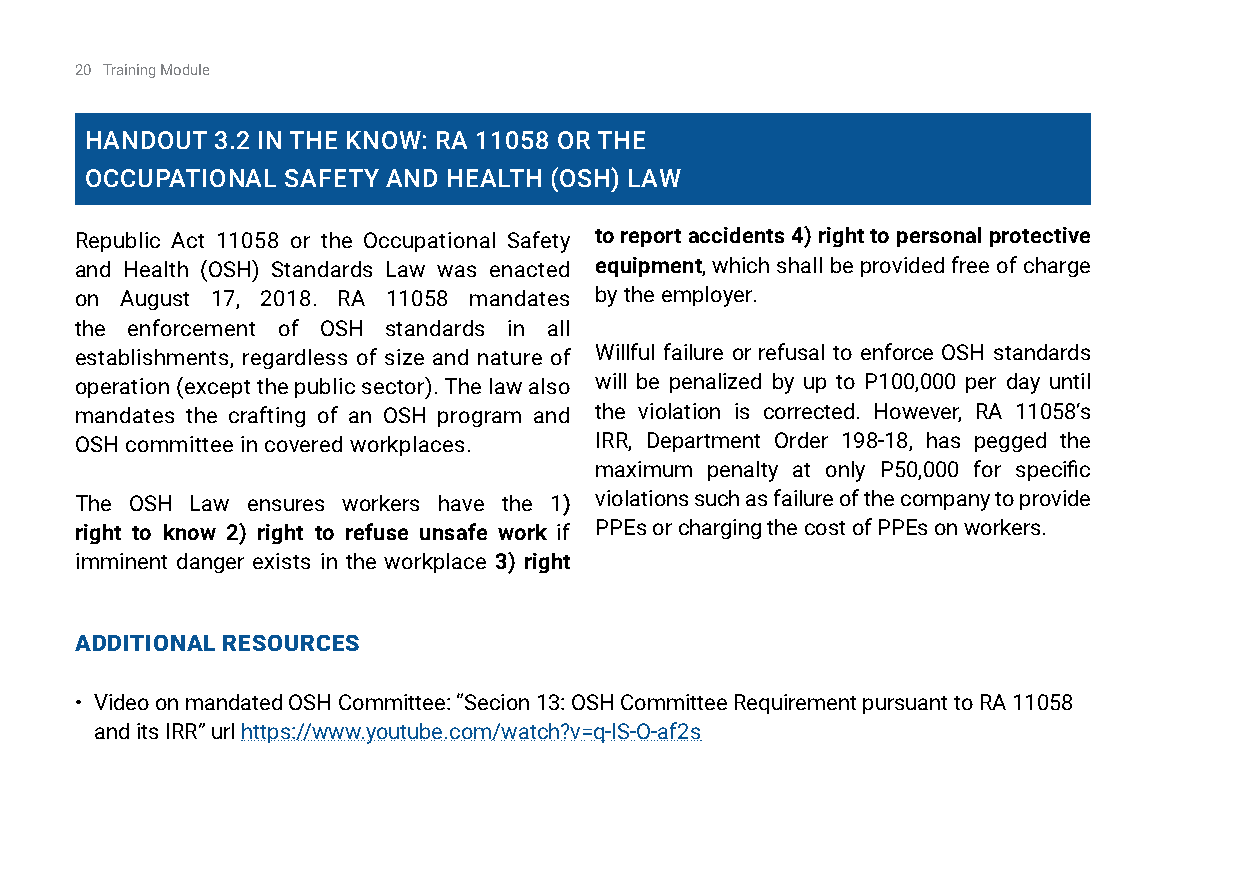
20 Training Module
 HandOuT 3.2 in THE knOW: ra 11058 Or THE
 OCCuPaTiOnal SafETy and HEalTH (OSH) laW
 Republic Act 11058 or the Occupational Safety to report accidents 4) right to personal protective
 and Health (OSH) Standards Law was enacted equipment, which shall be provided free of charge
 on August 17, 2018. RA 11058 mandates by the employer.
 the enforcement of OSH standards in all
 establishments, regardless of size and nature of Willful failure or refusal to enforce OSH standards
 operation (except the public sector). The law also will be penalized by up to P100,000 per day until
 mandates the crafting of an OSH program and the violation is corrected. However, RA 11058’s
 OSH committee in covered workplaces. IRR, Department Order 198-18, has pegged the
 maximum penalty at only P50,000 for specific
 The OSH Law ensures workers have the 1) violations such as failure of the company to provide
 right to know 2) right to refuse unsafe work if PPEs or charging the cost of PPEs on workers.
 imminent danger exists in the workplace 3) right
 additional reSourCeS
 • Video on mandated OSH Committee: “Secion 13: OSH Committee Requirement pursuant to RA 11058
 and its IRR” url https://www.youtube.com/watch?v=q-IS-O-af2s